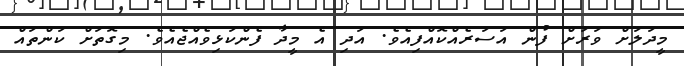
މީދަލަށް ވަރަށް ފުން އަސަރެއްކޮއްފިއެވެ. އަދި އެ މީދާ ފެންކަޅިވެއްޖެއެވެ. މިގޮތަށް ކަންތައް